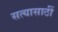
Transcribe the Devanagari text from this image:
सत्यासाठीं